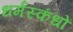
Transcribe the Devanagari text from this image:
धर्मस्कंधों